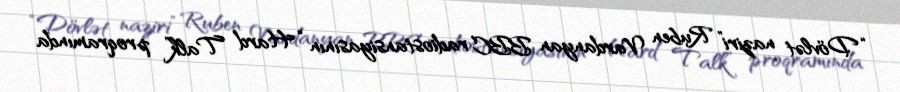
“Dövlət naziri” Ruben Vardanyan BBC radiostansiyasının “Hard Talk” proqramında